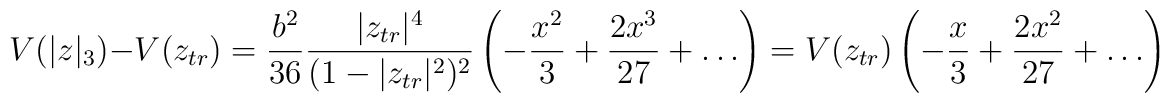
V(|z|_3) - V(z_{tr}) = \frac{b^2}{36} \frac{|z_{tr}|^4}{(1-|z_{tr}|^2)^2} \left( -\frac{x^2}{3} +\frac{2x^3}{27} +\ldots \right) = V(z_{tr}) \left(-\frac{x}{3} + \frac{2x^2}{27} +\ldots \right)